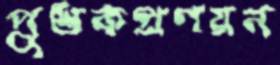
পুস্তকপ্রণয়ন